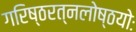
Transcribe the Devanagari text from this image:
गरिष्ठरत्नलोष्ठयोः